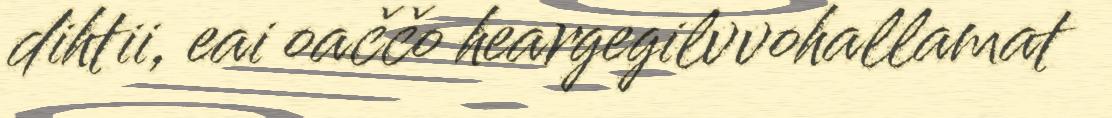
dihtii, eai oaččo heargegilvvohallamat